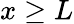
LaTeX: x\ge L